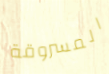
المسروقة